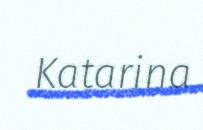
Katarina